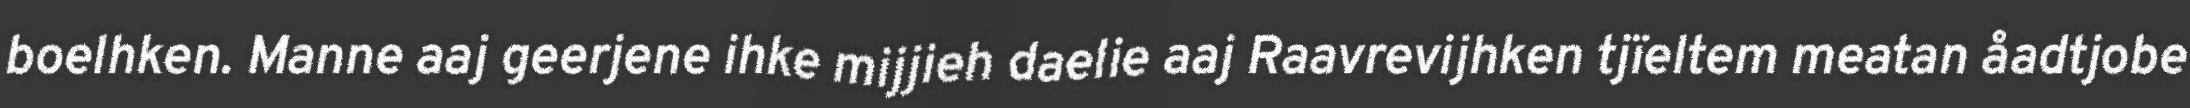
boelhken. Manne aaj geerjene ihke mijjieh daelie aaj Raavrevijhken tjïeltem meatan åadtjobe